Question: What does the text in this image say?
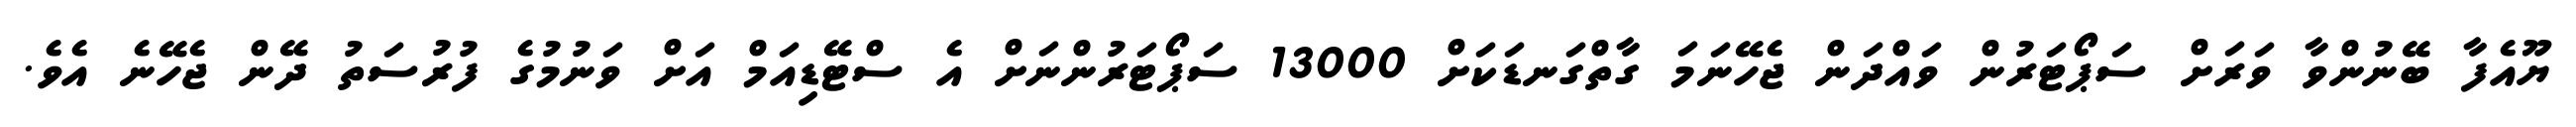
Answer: ޔޫއެފާ ބޭނުންވާ ވަރަށް ސަޕޯޓަރުން ވައްދަން ޖެހޭނަމަ ގާތްގަނޑަކަށް 13000 ސަޕޯޓަރުންނަށް އެ ސްޓޭޑިއަމް އަށް ވަނުމުގެ ފުރުސަތު ދޭން ޖެހޭނެ އެވެ.